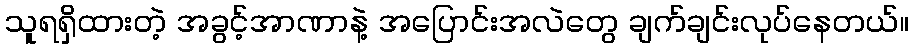
သူရရှိထားတဲ့ အခွင့်အာဏာနဲ့ အပြောင်းအလဲတွေ ချက်ချင်းလုပ်နေတယ်။